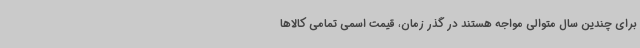
برای چندین سال متوالی مواجه هستند در گذر زمان، قیمت اسمی تمامی کالاها